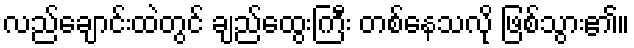
လည်ချောင်းထဲတွင် ချည်ထွေးကြီး တစ်နေသလို ဖြစ်သွား၏။